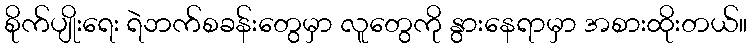
စိုက်ပျိုးရေး ရဲဘက်စခန်းတွေမှာ လူတွေကို နွားနေရာမှာ အစားထိုးတယ်။